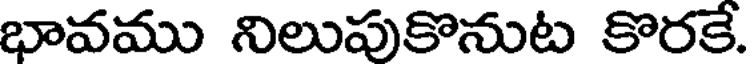
భావము నిలుపుకొనుట కొరకే.